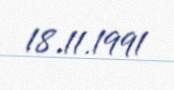
18.11.1991